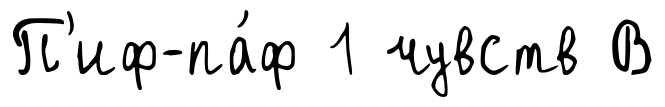
П'иф-па́ф 1 чувств В